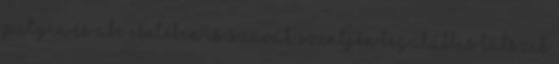
Putyin és Abe esetében is szavak szintjén legalábbis látszik